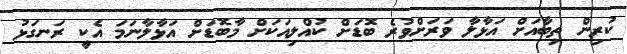
ކުރިން ތިބާއަށް އަޅާލާ ވަރަށްވުރެ ބޮޑަށް ކުއްލިއަކަށް މާބޮޑަށް އަޅާލާނަމަ އެކީ ރަނގަޅު